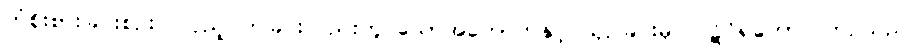
တံစိုးစားခြင်းစဉ်းလဲလှည့်ပတ်ခြင်းတည်းဟူ သောအကောက်နှင့် ယှဉ်ခြင်းမှ။ ပဋိဝိရတော၊ ကြဉ်သည်။